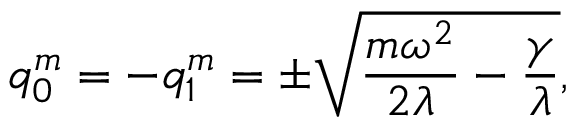
q _ { 0 } ^ { m } = - q _ { 1 } ^ { m } = \pm \sqrt { \frac { m \omega ^ { 2 } } { 2 \lambda } - \frac { \gamma } { \lambda } } ,